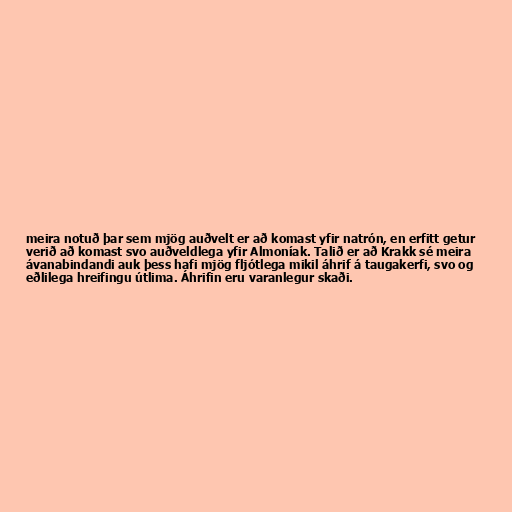
meira notuð þar sem mjög auðvelt er að komast yfir natrón, en erfitt getur
verið að komast svo auðveldlega yfir Almoníak. Talið er að Krakk sé meira
ávanabindandi auk þess hafi mjög fljótlega mikil áhrif á taugakerfi, svo og
eðlilega hreifingu útlima. Áhrifin eru varanlegur skaði.